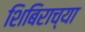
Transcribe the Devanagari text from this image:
शिबिराच्या